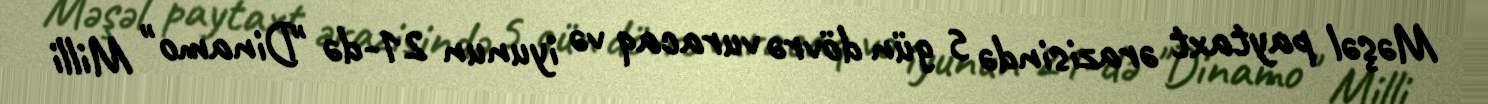
Məşəl paytaxt ərazisində 5 gün dövrə vuracaq və iyunun 21-də "Dinamo" Milli